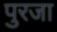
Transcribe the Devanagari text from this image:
पुरजा